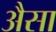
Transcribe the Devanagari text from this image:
अैसा